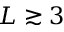
L \gtrsim 3